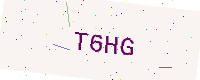
Text: T6HG